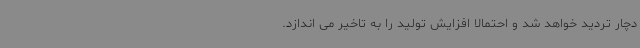
دچار تردید خواهد شد و احتمالا افزایش تولید را به تاخیر می اندازد.